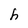
Character: h